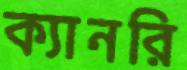
ক্যানরি